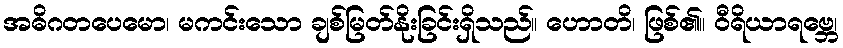
အဓိဂတပေမော၊ မကင်းသော ချစ်မြတ်နိုးခြင်းရှိသည်။ ဟောတိ၊ ဖြစ်၏။ ဝီရိယာရဗ္ဘေ၊